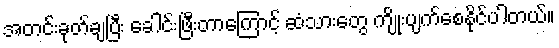
အတင်းခုတ်ချပြီး ခေါင်းဖြီးတာကြောင့် ဆံသားတွေ ကျိုးပျက်စေနိုင်ပါတယ်။